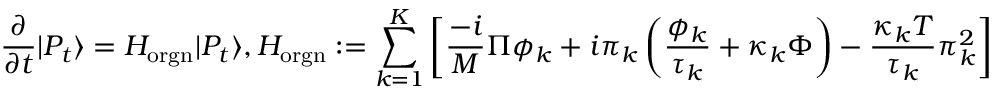
\frac { \partial } { \partial t } | P _ { t } \rangle = H _ { \mathrm { o r g n } } | P _ { t } \rangle , H _ { \mathrm { o r g n } } : = \sum _ { k = 1 } ^ { K } \left[ \frac { - i } { M } \Pi \phi _ { k } + i \pi _ { k } \left( \frac { \phi _ { k } } { \tau _ { k } } + \kappa _ { k } \Phi \right) - \frac { \kappa _ { k } T } { \tau _ { k } } \pi _ { k } ^ { 2 } \right]